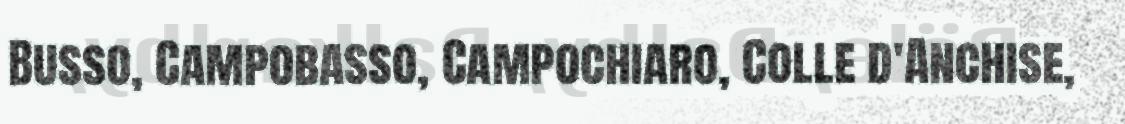
Busso, Campobasso, Campochiaro, Colle d'Anchise,